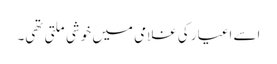
اسے اغیار کی غلامی میں خوشی ملتی تھی۔